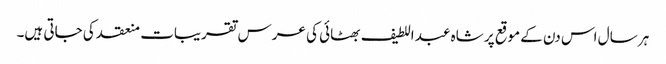
ہر سال اس دن کے موقع پر شاہ عبد اللطیف بھٹائی کی عرس تقریبات منعقد کی جاتی ہیں۔